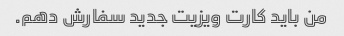
من باید کارت ویزیت جدید سفارش دهم.